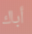
أباك